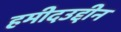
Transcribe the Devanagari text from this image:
हमीदउद्दीन